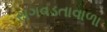
સગવડતાવાળા